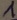
Text: 1